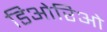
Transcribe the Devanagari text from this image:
डिओरिओ